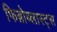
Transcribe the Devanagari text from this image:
फिब्रोब्लास्ट्स